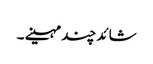
شائد چند مہینے ۔